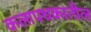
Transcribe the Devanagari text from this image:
कलापथकातील